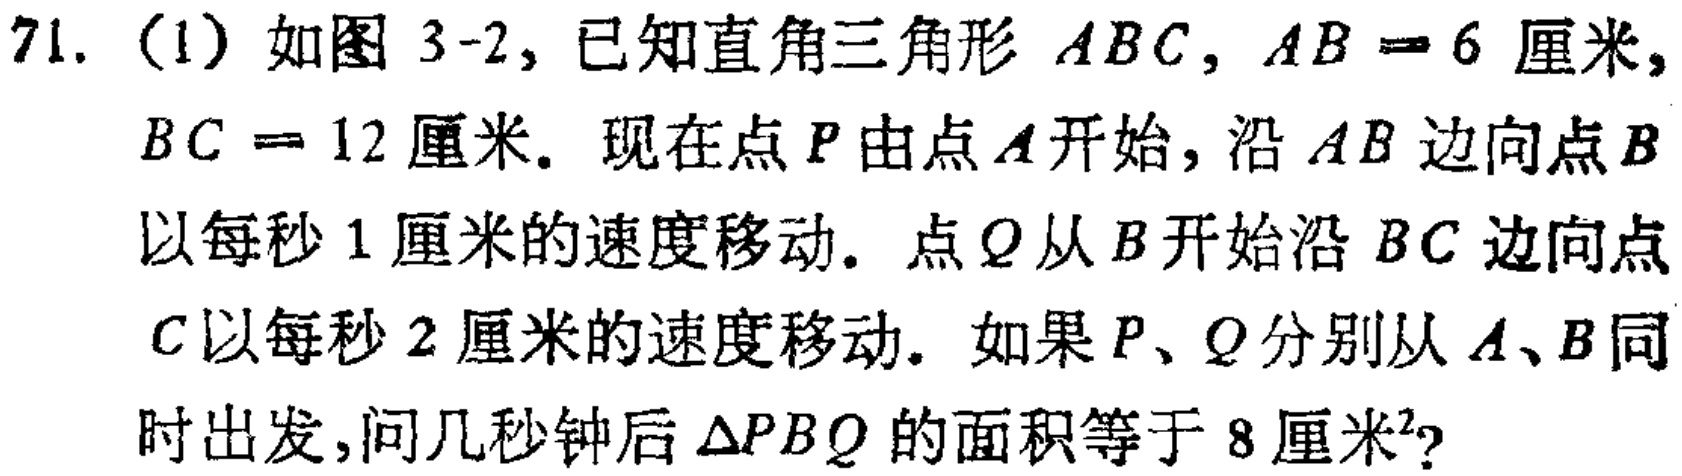
71. (1) 如图 3-2, 已知直角三角形 \(ABC\), \(AB = 6\) 厘米, \(BC = 12\) 厘米. 现在点 \(P\) 由点 \(A\) 开始, 沿 \(AB\) 边向点 \(B\) 以每秒 \(1\) 厘米的速度移动. 点 \(Q\) 从 \(B\) 开始沿 \(BC\) 边向点 \(C\) 以每秒 \(2\) 厘米的速度移动. 如果 \(P\)、\(Q\) 分别从 \(A\)、\(B\) 同时出发, 问几秒钟后 \(\triangle PBQ\) 的面积等于 \(8\) 厘米\(^{2}\)?